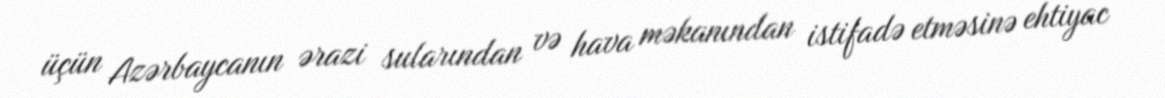
üçün Azərbaycanın ərazi sularından və hava məkanından istifadə etməsinə ehtiyac